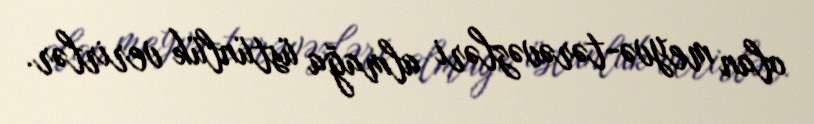
olan meyvə-tərəvəzləri almağa üstünlük verirlər.